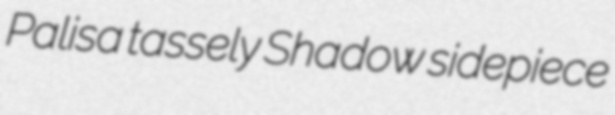
Palisa tassely Shadow sidepiece